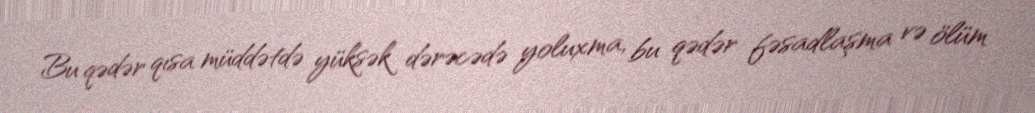
Bu qədər qısa müddətdə yüksək dərəcədə yoluxma, bu qədər fəsadlaşma və ölüm